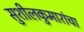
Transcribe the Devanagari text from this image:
सुशीलकुमारांचा